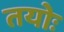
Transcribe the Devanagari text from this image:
तयोः